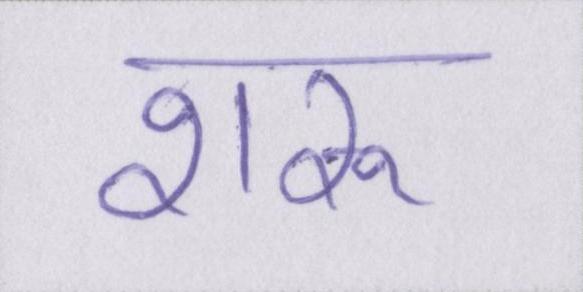
शरू